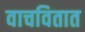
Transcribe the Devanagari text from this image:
वाचवितात